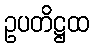
ဥပတိဋ္ဌထ